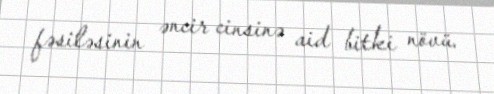
fəsiləsinin əncir cinsinə aid bitki növü.